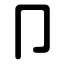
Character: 卩